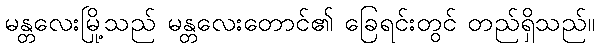
မန္တလေးမြို့သည် မန္တလေးတောင်၏ ခြေရင်းတွင် တည်ရှိသည်။